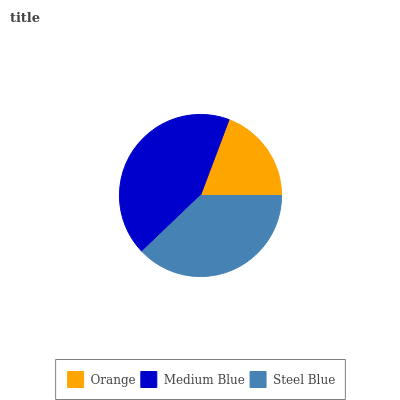
| Orange | Medium Blue | Steel Blue |
 | --- | --- | --- |
 | 19.3% | 42.8% | 37.9% |